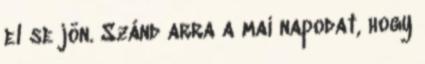
el se jön. Szánd arra a mai napodat, hogy